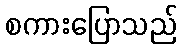
စကားပြောသည်